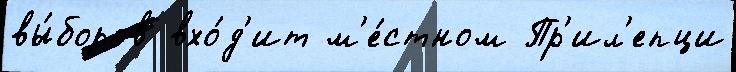
вы́боров вхо́д'ит м'е́стном Пр'ил'епци